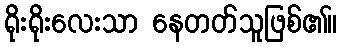
ရိုးရိုးလေးသာ နေတတ်သူဖြစ်၏။